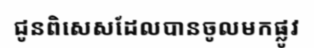
ជូនពិសេសដែលបានចូលមកផ្លូវ